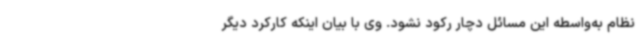
نظام به‌واسطه این مسائل دچار رکود نشود. وی با بیان اینکه کارکرد دیگر